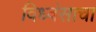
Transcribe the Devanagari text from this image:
विध्वंसाचा